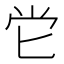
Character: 𡭠